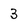
Character: 3